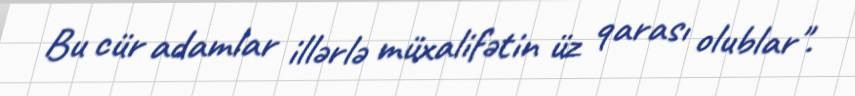
Bu cür adamlar illərlə müxalifətin üz qarası olublar".